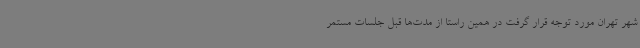
شهر تهران مورد توجه قرار گرفت در همین راستا از مدت‌ها قبل جلسات مستمر